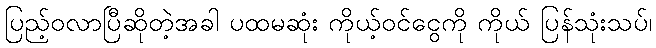
ပြည့်ဝလာပြီဆိုတဲ့အခါ ပထမဆုံး ကိုယ့်ဝင်ငွေကို ကိုယ် ပြန်သုံးသပ်၊